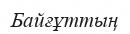
Байғұттың